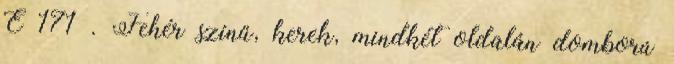
E 171 . Fehér színű, kerek, mindkét oldalán domború